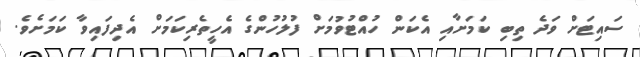
ސައިޓަށް ވަދެ ތިބި ކަމަށާއި އެކަން ހުއްޓުވުމަށް ފުލުހުންގެ އެހީތެރިކަމަށް އެދިފައިވާ ކަމަށެވެ.